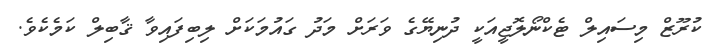
ކުރޫޒް މިސައިލް ޓެކްނޯލޮޖީއަކީ ދުނިޔޭގެ ވަރަށް މަދު ގައުމަކަށް ލިބިފައިވާ ޤާބިލް ކަމެކެވެ.